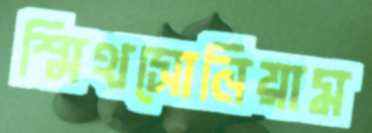
স্মিথসোনিয়াম